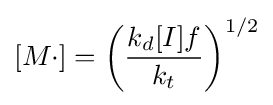
[M\cdot ]=\left({\frac {k_{d}[I]f}{k_{t}}}\right)^{1/2}